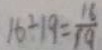
1 6 \div 1 9 = \frac { 1 6 } { 1 9 }